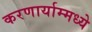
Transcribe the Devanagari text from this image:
करणार्याम्मध्ये